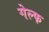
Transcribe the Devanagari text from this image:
गेल्फ